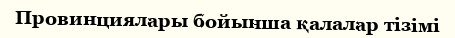
Провинциялары бойынша қалалар тізімі